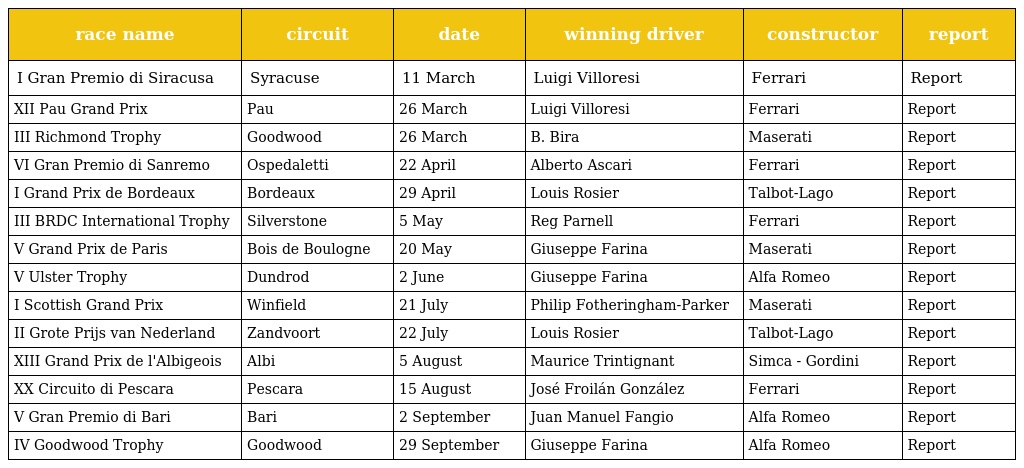
| race name | circuit | date | winning driver | constructor | report |
 | --- | --- | --- | --- | --- | --- |
 | I Gran Premio di Siracusa | Syracuse | 11 March | Luigi Villoresi | Ferrari | Report |
 | XII Pau Grand Prix | Pau | 26 March | Luigi Villoresi | Ferrari | Report |
 | III Richmond Trophy | Goodwood | 26 March | B. Bira | Maserati | Report |
 | VI Gran Premio di Sanremo | Ospedaletti | 22 April | Alberto Ascari | Ferrari | Report |
 | I Grand Prix de Bordeaux | Bordeaux | 29 April | Louis Rosier | Talbot-Lago | Report |
 | III BRDC International Trophy | Silverstone | 5 May | Reg Parnell | Ferrari | Report |
 | V Grand Prix de Paris | Bois de Boulogne | 20 May | Giuseppe Farina | Maserati | Report |
 | V Ulster Trophy | Dundrod | 2 June | Giuseppe Farina | Alfa Romeo | Report |
 | I Scottish Grand Prix | Winfield | 21 July | Philip Fotheringham-Parker | Maserati | Report |
 | II Grote Prijs van Nederland | Zandvoort | 22 July | Louis Rosier | Talbot-Lago | Report |
 | XIII Grand Prix de l'Albigeois | Albi | 5 August | Maurice Trintignant | Simca - Gordini | Report |
 | XX Circuito di Pescara | Pescara | 15 August | José Froilán González | Ferrari | Report |
 | V Gran Premio di Bari | Bari | 2 September | Juan Manuel Fangio | Alfa Romeo | Report |
 | IV Goodwood Trophy | Goodwood | 29 September | Giuseppe Farina | Alfa Romeo | Report |